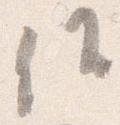
候